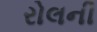
રોલની